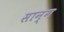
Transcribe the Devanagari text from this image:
सान्ग